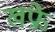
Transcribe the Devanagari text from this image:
खफ्रे